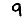
Digit: 9